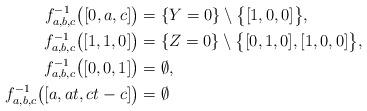
LaTeX: \begin{align*} f_{a,b,c}^{-1}\bigl([0,a,c]\bigr) &= \{Y=0\}\setminus\bigl\{[1,0,0]\bigr\},\\ f_{a,b,c}^{-1}\bigl([1,1,0]\bigr) & =\{Z=0\}\setminus\bigl\{ [0,1,0], [1,0,0] \bigr\},\\ f_{a,b,c}^{-1}\bigl([0,0,1]\bigr) & =\emptyset,\\ f_{a,b,c}^{-1}\bigl([a,at,ct-c]\bigr) & =\emptyset~\end{align*}